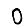
Digit: 0